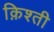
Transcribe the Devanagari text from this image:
क़िश्ती